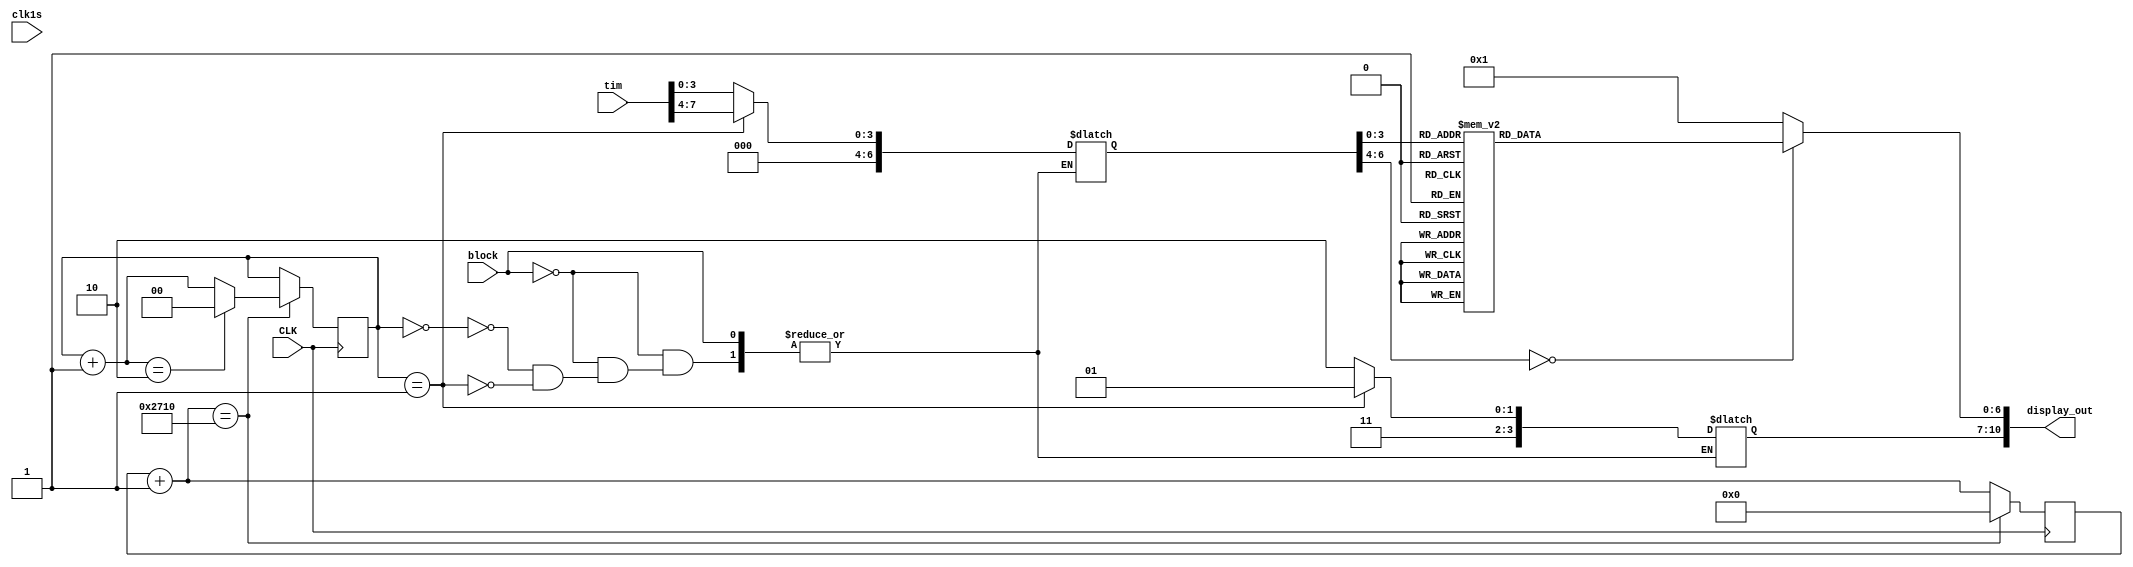
`timescale 1ns / 1ps
//////////////////////////////////////////////////////////////////////////////////
// Company: 
// 
// Design Name: 
// Module Name: display7
// Project Name: 
// Target Devices: 
// Tool Versions: 
// Description: 
// 
// Dependencies: 
// 
// Revision:
// Revision 0.01 - File Created
// Additional Comments:
// 
//////////////////////////////////////////////////////////////////////////////////


module display7(
    CLK,//
    clk1s,//1
    //input res,//
    tim,//
    block,
    display_out//
    );
    input CLK;
    input clk1s;
    input [7:0] tim;
    input block;
    output [10:0] display_out;
    
    reg [3:0] d;//d
    reg [6:0] led;//
    reg [6:0] digit;//
    reg [19:0]count=0;//
    reg [1:0] sel=0;//sel
    parameter T1MS=10000;
    // always@(posedge CLK)
    //     begin
            
    //     end
    // end
    reg state =1;//
    
    //always @(posedge clk1s)
    //begin 
    //    if(block==1)
    //    begin
    //        state = ~state;
    //    case(state)
    //            0:digit = 7'b0001000;//8 
    //            1:digit = 7'b0001010;//10 
    //    endcase
    //    case(sel)
    //            0:d = 7'b0001110;
    //            1:d = 7'b0001101;
    //    endcase
    //    end
    //end

    always @(*) begin
        if(block == 0)
            begin
                case(sel)
                0:begin d=4'b1110;digit=tim[3:0];end
                1:begin d=4'b1101;digit=tim[7:4] ;end
                endcase
            end
        else 

            begin
                
            end
    end

    always @(*)//
    begin
        case(digit)
        0:led=7'b0000001;
        1:led=7'b1001111;
        2:led=7'b0010010;
        3:led=7'b0000110;
        4:led=7'b1001100;
        5:led=7'b0100100;
        6:led=7'b0100000;
        7:led=7'b0001111;
        8:led=7'b0000000;
        9:led=7'b0000100;
        10:led=7'b1111111;
        // 'hA:led=7'b0001000;
        // 'hB:led=7'b1100000;
        // 'hC:led=7'b0110001;
        // 'hD:led=7'b1000010;
        // 'hE:led=7'b0110000;
        // 'hF:led=7'b0111000;
        default:led=7'b0000001;
        endcase
    end

    always@(posedge CLK)//
        begin
            count = count+1;
            if(count==T1MS)
                begin
                    count = 0;
                    sel = sel+1;
                    if(sel==2)
                        sel = 0;
                end 
            if(block == 1)
                begin
//                    #100000000
                    state = 0;
                end
    end
    assign display_out={d,led};//reg  
endmodule